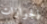
الجوازات